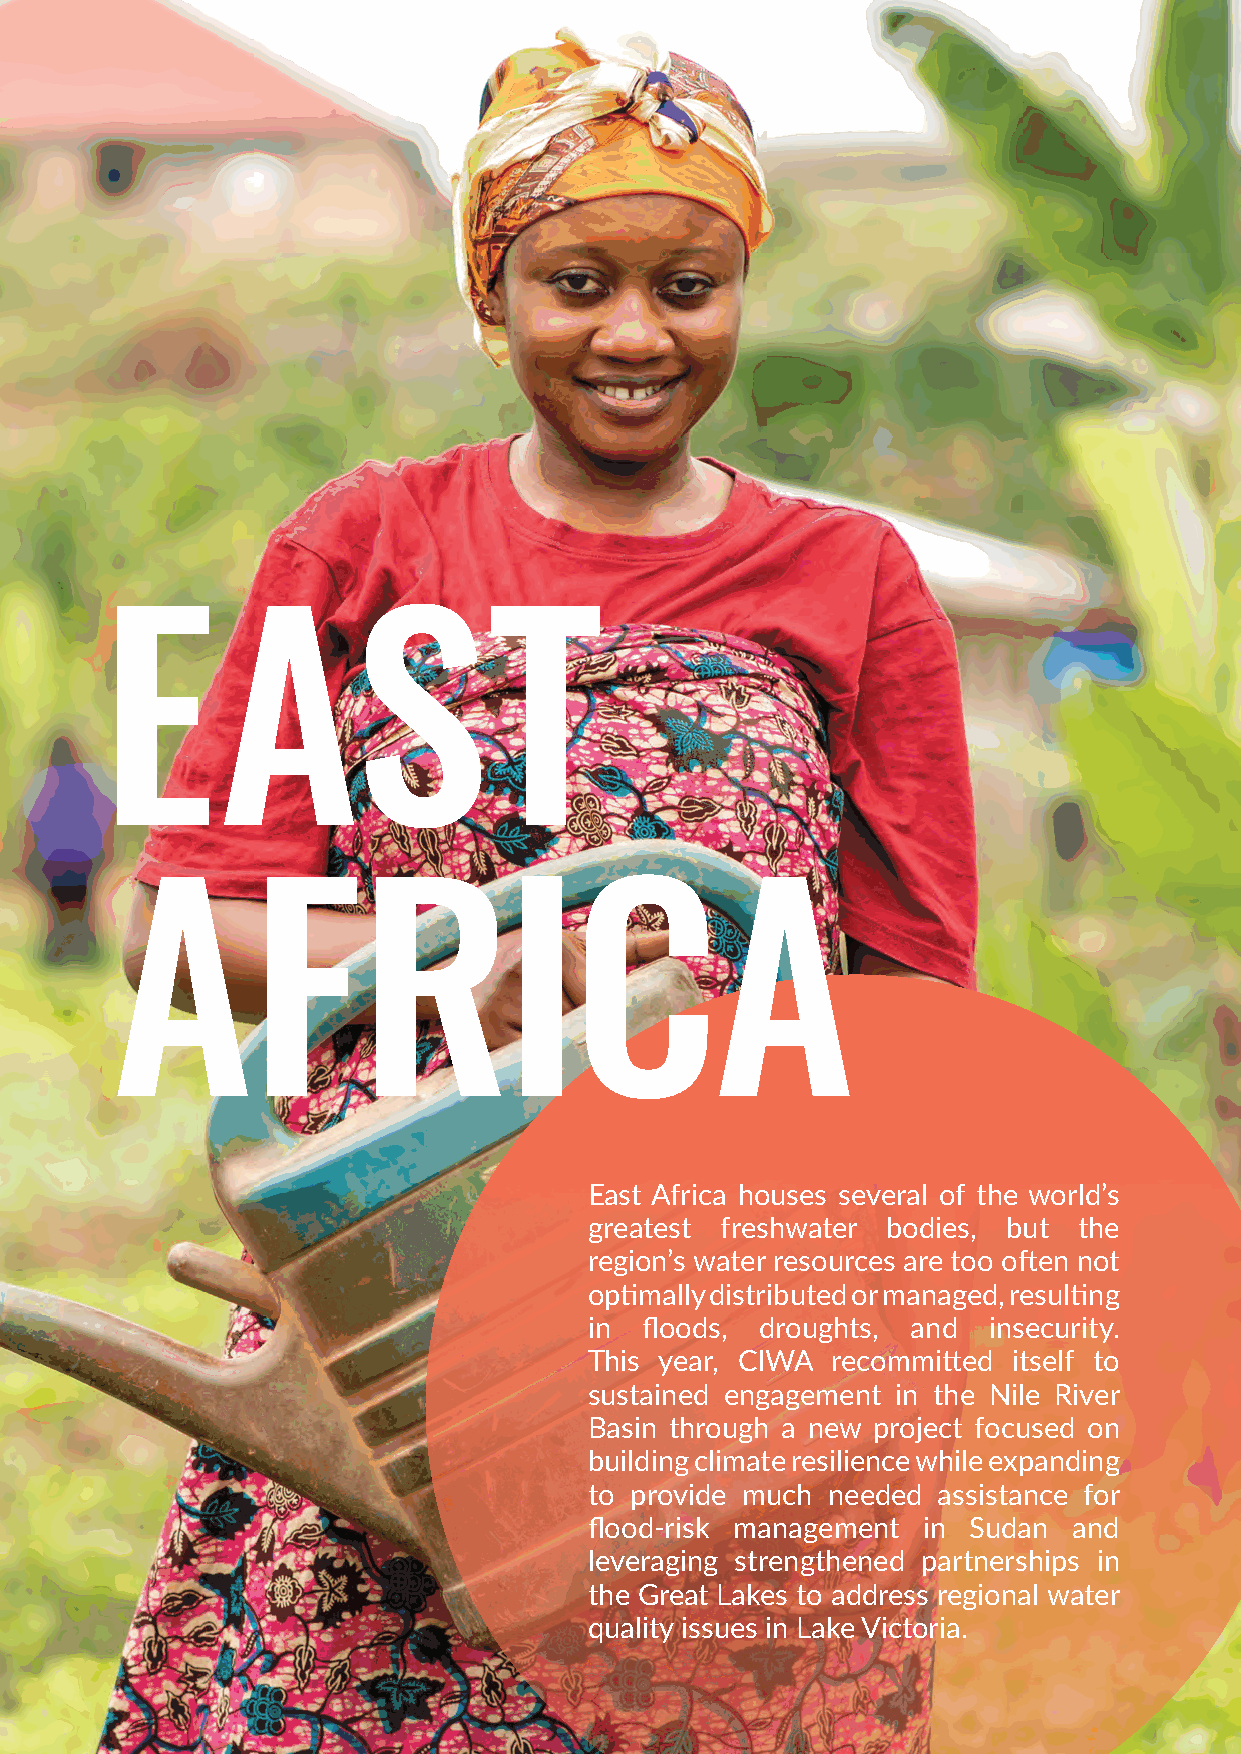
EAST
 AFRICA
 East Africa houses several of the world’s
 greatest freshwater bodies, but the
 region’s water resources are too often not
 optimally distributed or managed, resulting
 in  floods, droughts, and insecurity.
 This year, CIWA recommitted itself to
 sustained engagement in the Nile River
 Basin through a new project focused on
 building climate resilience while expanding
 to provide much needed assistance for
 flood-risk management in Sudan  and
 leveraging strengthened partnerships in
 the Great Lakes to address regional water
 quality issues in Lake Victoria.